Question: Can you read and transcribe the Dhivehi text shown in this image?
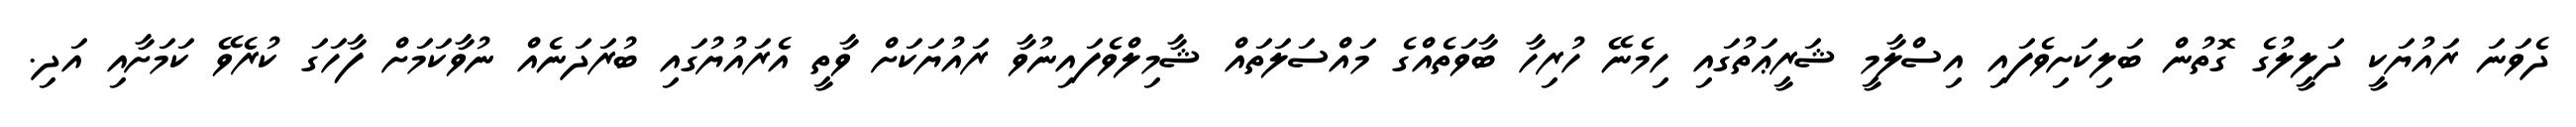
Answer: ދެވަނަ ރައުޔަކީ ދަލީލުގެ ގޮތުން ބަލިކަށިވެފައި އިސްލާމީ ޝަރީޢަތުގައި ހިމެނޭ ހުރިހާ ބާވަތެއްގެ މައްސަލަތައް ޝާމިލްވެފައިނުވާ ރައުޔަކަށް ވާތީ އެރައުޔުގައި ބުރަދަނެއް ނުވާކަމަށް ފާހަގަ ކުރެވޭ ކަމަށާއި އަދި.